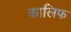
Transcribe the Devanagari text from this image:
कालिफ